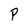
Character: P